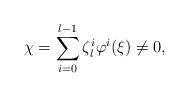
LaTeX: \begin{align*}\chi=\sum_{i=0}^{l-1}\zeta_l^i \varphi^i(\xi)\neq 0,\end{align*}